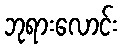
ဘုရားလောင်း